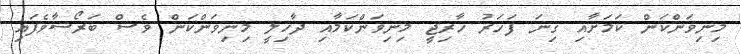
މިނިވަންކަން ކަމަށާއި ގިނަ ފަހަރު ހާރިޖީ މިނިވަންކަމާއި ދާޚިލީ މިނިވަންކަން ވެސް ބަރޯސާވެފައި